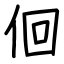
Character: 佪